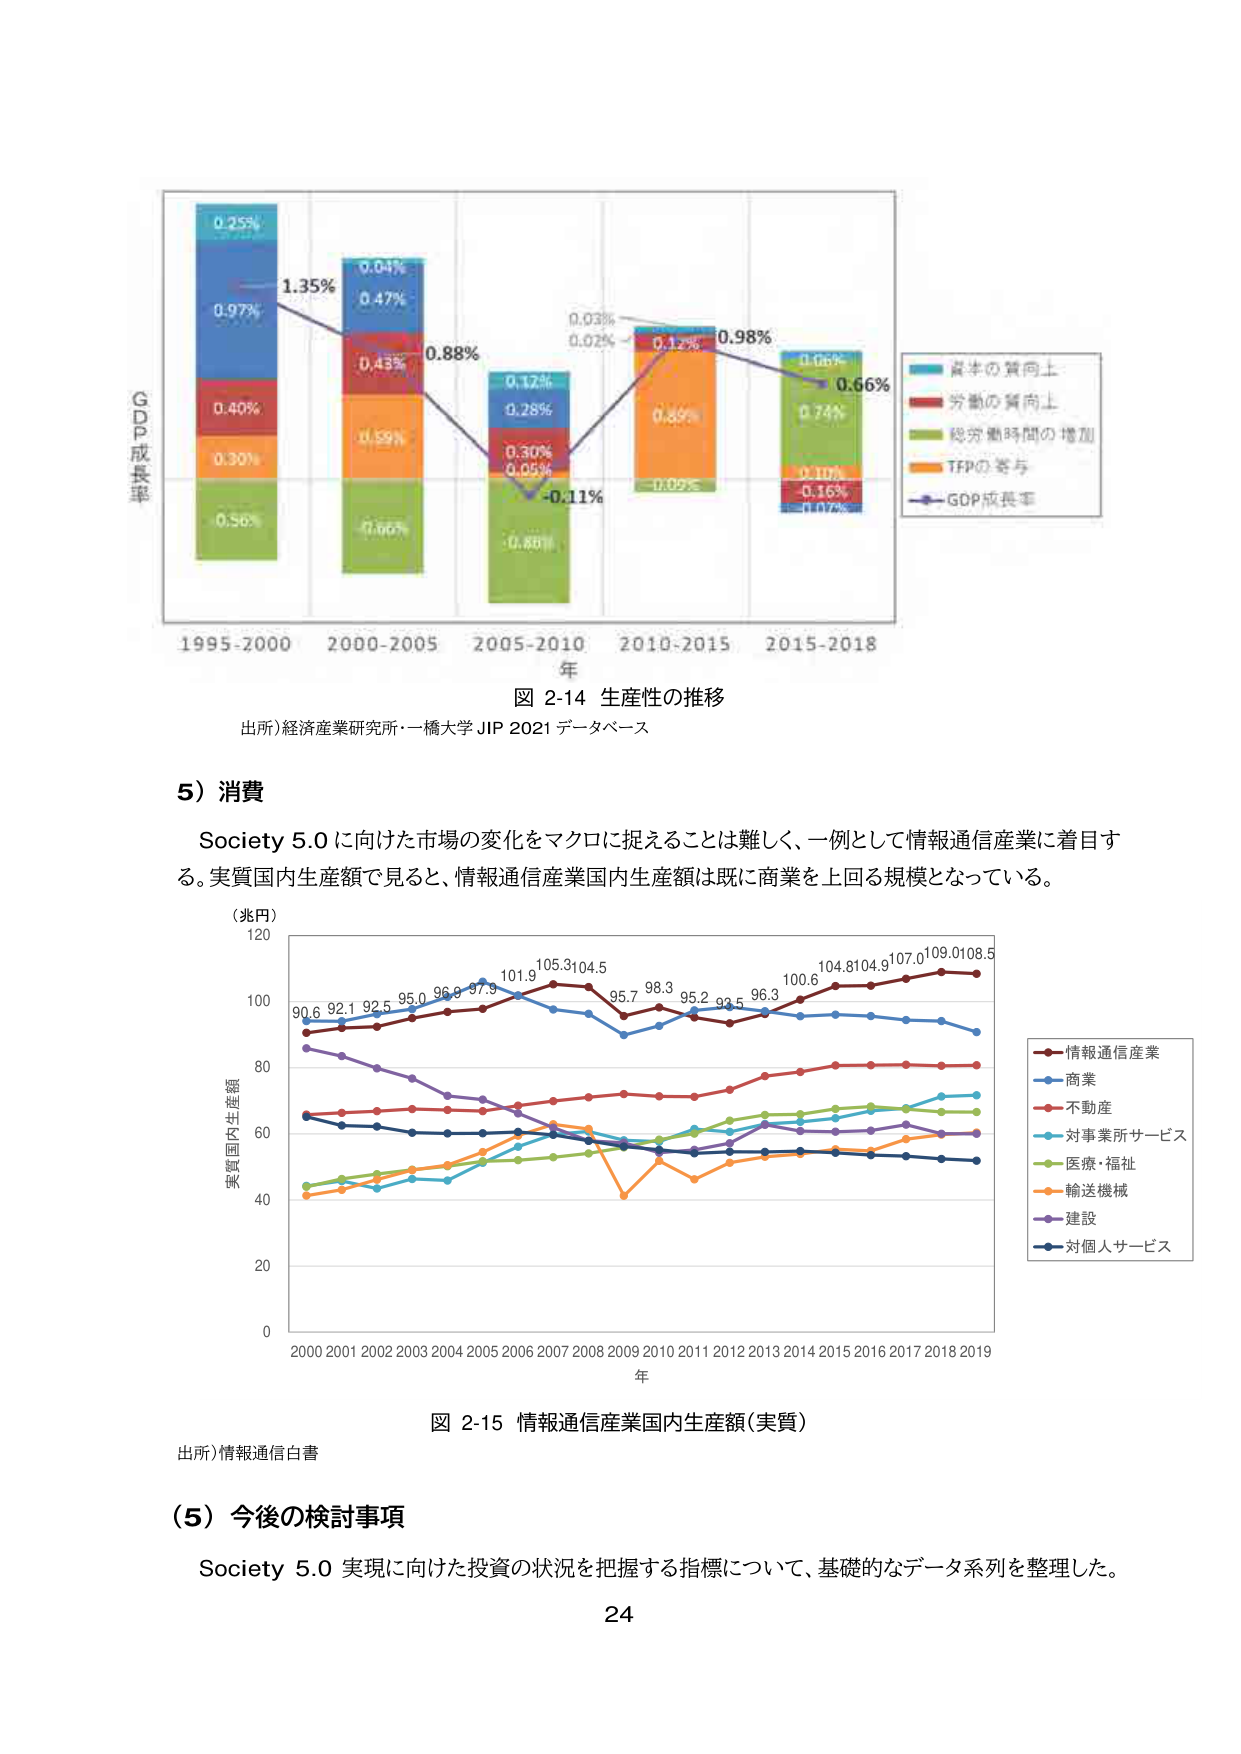
図 2-14 生産性の推移
出所)経済産業研究所・一橋大学 JIP 2021 データベース

5）消費
Society 5.0 に向けた市場の変化をマクロに捉えることは難しく、一例として情報通信産業に着目する。実質国内生産額で見ると、情報通信産業国内生産額は既に商業を上回る規模となっている。

（兆円）
120
100
80
60
40
20
0
2000 2001 2002 2003 2004 2005 2006 2007 2008 2009 2010 2011 2012 2013 2014 2015 2016 2017 2018 2019
年
実質国内生産額

90.6 92.1 92.5 95.0 96.9 97.9 101.9 105.3 104.5 95.7 98.3 95.2 93.5 96.3 100.6 104.8 104.9 107.0 109.0 108.5

■ 情報通信産業
■ 商業
■ 不動産
■ 対事業所サービス
■ 医療・福祉
■ 輸送機械
■ 建設
■ 対個人サービス

図 2-15 情報通信産業国内生産額（実質）
出所)情報通信白書

（5）今後の検討事項
Society 5.0 実現に向けた投資の状況を把握する指標について、基礎的なデータ系列を整理した。

24

■ 資本の質向上
■ 労働の質向上
■ 総労働時間の増加
■ TFPの寄与
■ GDP成長率

1995-2000
2000-2005
2005-2010
2010-2015
2015-2018
年
年間成長率

0.25%
0.97%
0.40%
0.30%
0.56%
1.35%
0.04%
0.47%
0.43%
0.59%
0.66%
0.88%
0.17%
0.28%
0.30%
0.05%
0.80%
-0.11%
0.03%
0.02%
0.12%
0.89%
0.09%
0.98%
0.06%
0.74%
0.10%
0.16%
0.07%
0.66%